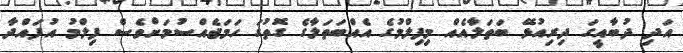
އަދި ދުބާއީގަ ދިރިއުޅޭ ބަތަލާއެއް މިފިލްމުގެ އެއްބަތަލާގެ ގޮތުގަ ހަމަޖެއްސުމަށްވެސް ފިލްމު އުފައްދާ